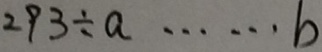
2 9 3 \div a \cdots b